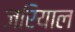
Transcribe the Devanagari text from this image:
जरियाल